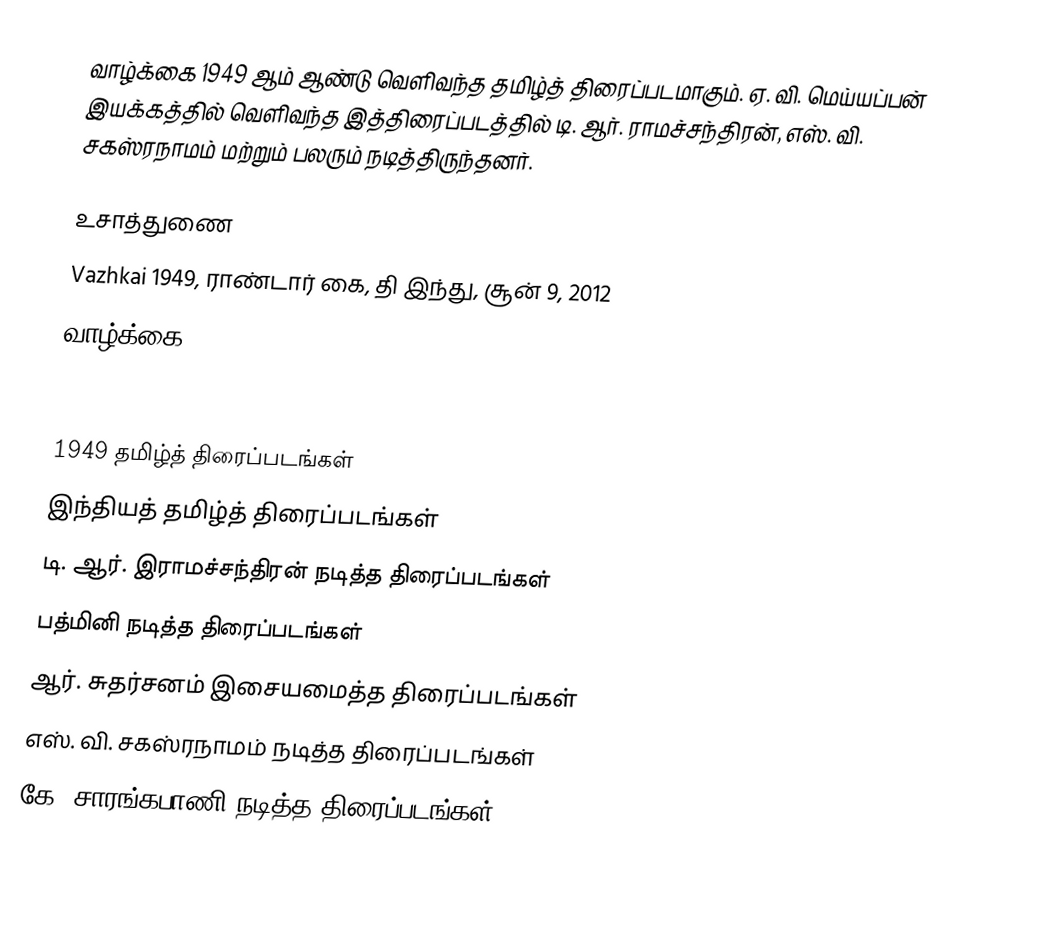
வாழ்க்கை 1949 ஆம் ஆண்டு வெளிவந்த தமிழ்த் திரைப்படமாகும். ஏ. வி. மெய்யப்பன் இயக்கத்தில் வெளிவந்த இத்திரைப்படத்தில் டி. ஆர். ராமச்சந்திரன், எஸ். வி. சகஸ்ரநாமம் மற்றும் பலரும் நடித்திருந்தனர்.

உசாத்துணை
 Vazhkai 1949, ராண்டார் கை, தி இந்து, சூன் 9, 2012
 வாழ்க்கை

1949 தமிழ்த் திரைப்படங்கள்
இந்தியத் தமிழ்த் திரைப்படங்கள்
டி. ஆர். இராமச்சந்திரன் நடித்த திரைப்படங்கள்
பத்மினி நடித்த திரைப்படங்கள்
ஆர். சுதர்சனம் இசையமைத்த திரைப்படங்கள்
எஸ். வி. சகஸ்ரநாமம் நடித்த திரைப்படங்கள்
கே. சாரங்கபாணி நடித்த திரைப்படங்கள்